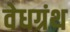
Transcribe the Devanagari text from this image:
वेधग्रंथ